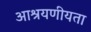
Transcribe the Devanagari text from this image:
आश्रयणीयता